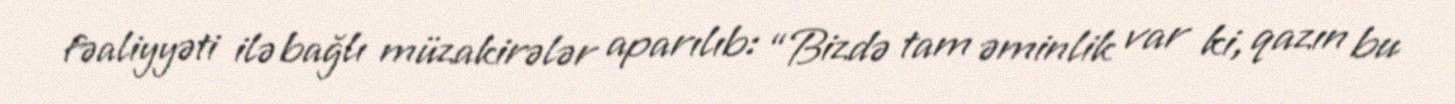
fəaliyyəti ilə bağlı müzakirələr aparılıb: “Bizdə tam əminlik var ki, qazın bu